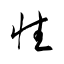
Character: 性